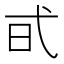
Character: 𢎃